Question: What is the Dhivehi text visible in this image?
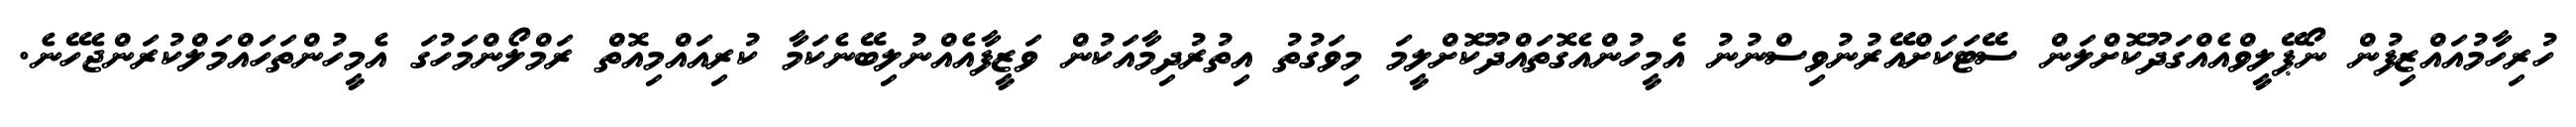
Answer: ހުރިހާމުއައްޒިފުން ނޯޕޭލީވްއެއްގަދޫކޮށްލަން ސޭޓަކަށްއޭރުނުވިސްނުނު އެމީހުންއެގޮތައްދޫކޮށްލީމަ މިވަގުތު އިތުރުދިމާއަކުން ވަޒީފާއެއްނުލިބޭނެކަމާ ކުރިއައްމިއޮތް ރަމްލޯންމަހުގަ އެމީހުންތަހައްމަލްކުރަންޖެހޭނެ.